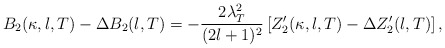
\begin{align*}B_2(\kappa, l, T) - \Delta B_2(l,T) = -\frac{2\lambda_T^2}{(2l+1)^2}\left[Z^\prime_2 (\kappa, l, T) - \Delta Z^\prime_2 (l,T)\right],\end{align*}